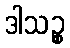
ဒါသဉ္စ